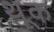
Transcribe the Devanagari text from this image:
थ़ूक